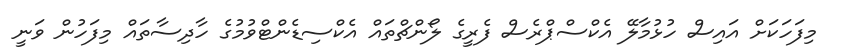
މިފަހަކަށް އައިސް ހުޅުމާލޭ އެކްސްޕްރެސް ފެރީގެ ލޯންޗްތައް އެކްސިޑެންޓްވުމުގެ ހާދިސާތައް މިފަހުން ވަނީ